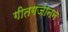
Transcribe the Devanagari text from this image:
गीतगजानन